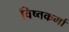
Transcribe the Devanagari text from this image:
विष्वकर्मा